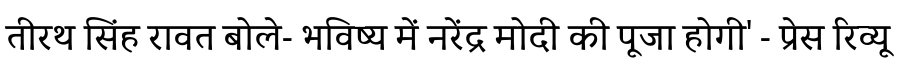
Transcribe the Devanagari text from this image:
तीरथ सिंह रावत बोले- भविष्य में नरेंद्र मोदी की पूजा होगी' - प्रेस रिव्यू